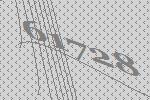
61728